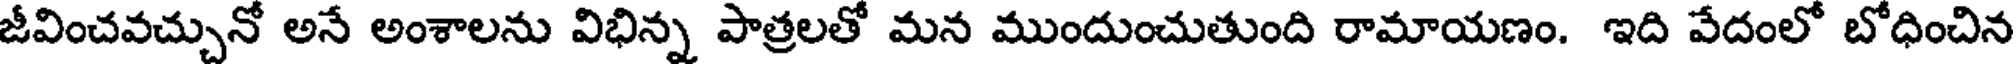
జీవించవచ్చునో అనే అంశాలను విభిన్న పాత్రలతో మన ముందుంచుతుంది రామాయణం. ఇది వేదంలో బోధించిన